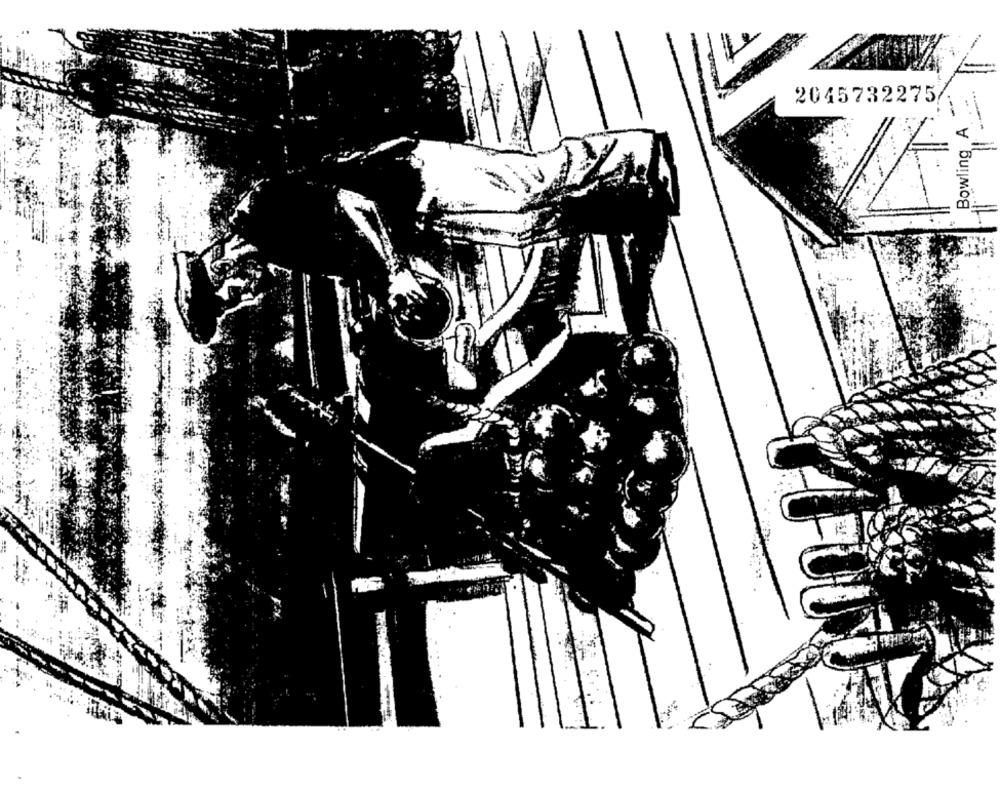
Bowling A ....
2045732275
-